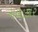
નળાકાર